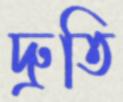
দ্রুতি